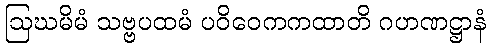
ဩဃမိမံ သဗ္ဗပထမံ ပဝိဝေကကထာတိ ဂဟဏဋ္ဌာနံ